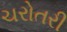
ચરોતરી